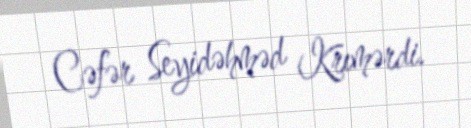
Cəfər Seyidəhməd Krımərdi.